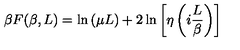
\beta F ( \beta , L ) = \ln { ( \mu L ) } + 2 \ln { \left[ \eta \left( i \frac { L } { \beta } \right) \right] }